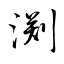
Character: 渕